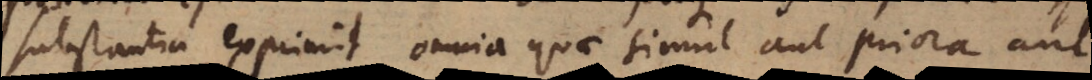
substantia exprimit omnia quae simul aut priora aut